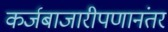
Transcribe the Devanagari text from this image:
कर्जबाजारीपणानंतर